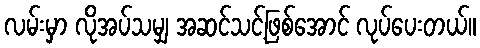
လမ်းမှာ လိုအပ်သမျှ အဆင်သင့်ဖြစ်အောင် လုပ်ပေးတယ်။